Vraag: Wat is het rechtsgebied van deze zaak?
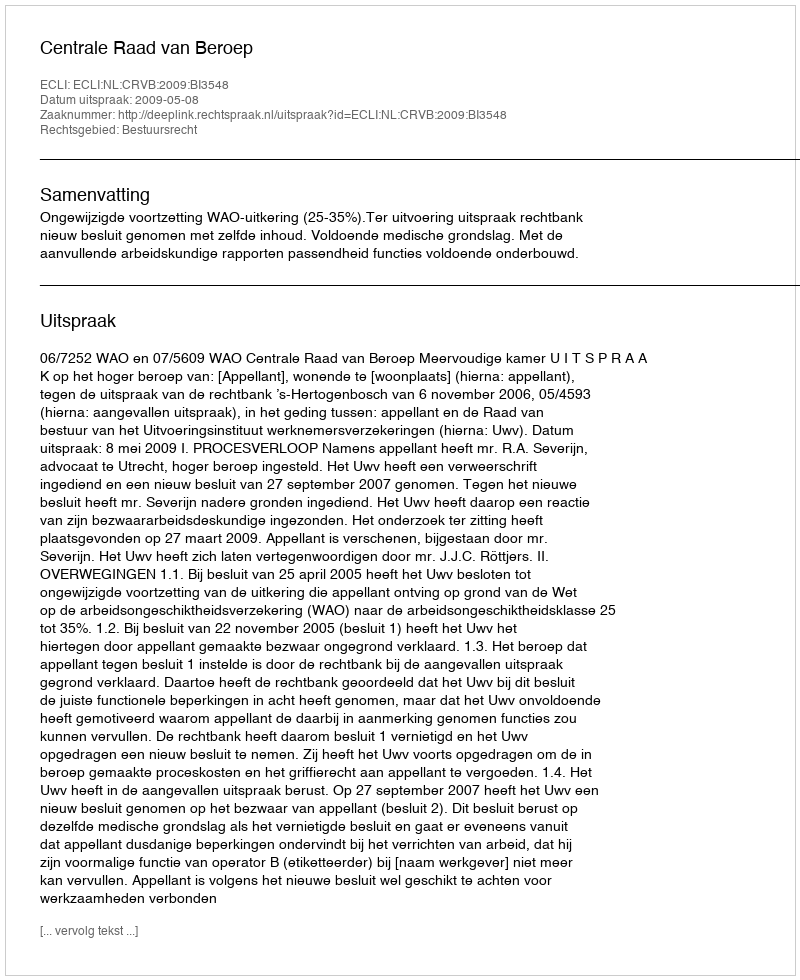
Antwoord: Bestuursrecht